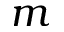
m